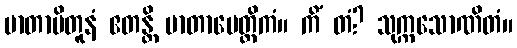
မာတာပိတူနံ ဧတန္တိ မာတာပေတ္တိကံ။ ကိံ တံ? သုက္ကသောဏိတံ။